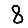
Digit: 8